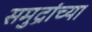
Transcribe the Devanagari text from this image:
समुद्रांच्या